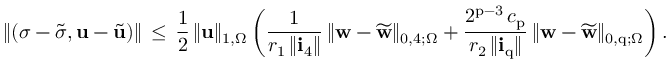
\| ( { \boldsymbol \sigma } - \widetilde { { \boldsymbol \sigma } } , \mathbf { u } - \widetilde { \mathbf { u } } ) \| \, \leq \, \frac { 1 } { 2 } \, \| \mathbf { u } \| _ { 1 , \Omega } \, \bigg ( \frac { 1 } { r _ { 1 } \, \| \mathbf { i } _ { 4 } \| } \, \| { \mathbf { w } } - \widetilde { { \mathbf { w } } } \| _ { 0 , 4 ; \Omega } + \frac { 2 ^ { \mathrm { p } - 3 } \, c _ { \mathrm { p } } } { r _ { 2 } \, \| \mathbf { i } _ { \mathrm { q } } \| } \, \| { \mathbf { w } } - \widetilde { { \mathbf { w } } } \| _ { 0 , \mathrm { q } ; \Omega } \bigg ) \, .